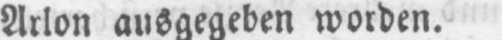
Arlon ausgegeben worden.